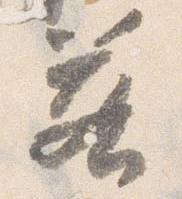
若